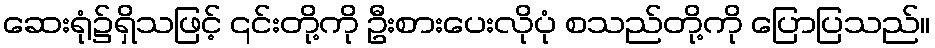
ဆေးရုံ၌ရှိသဖြင့် ၎င်းတို့ကို ဦးစားပေးလိုပုံ စသည်တို့ကို ပြောပြသည်။